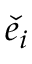
{ \check { e } } _ { i }